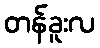
တန်ခူးလ